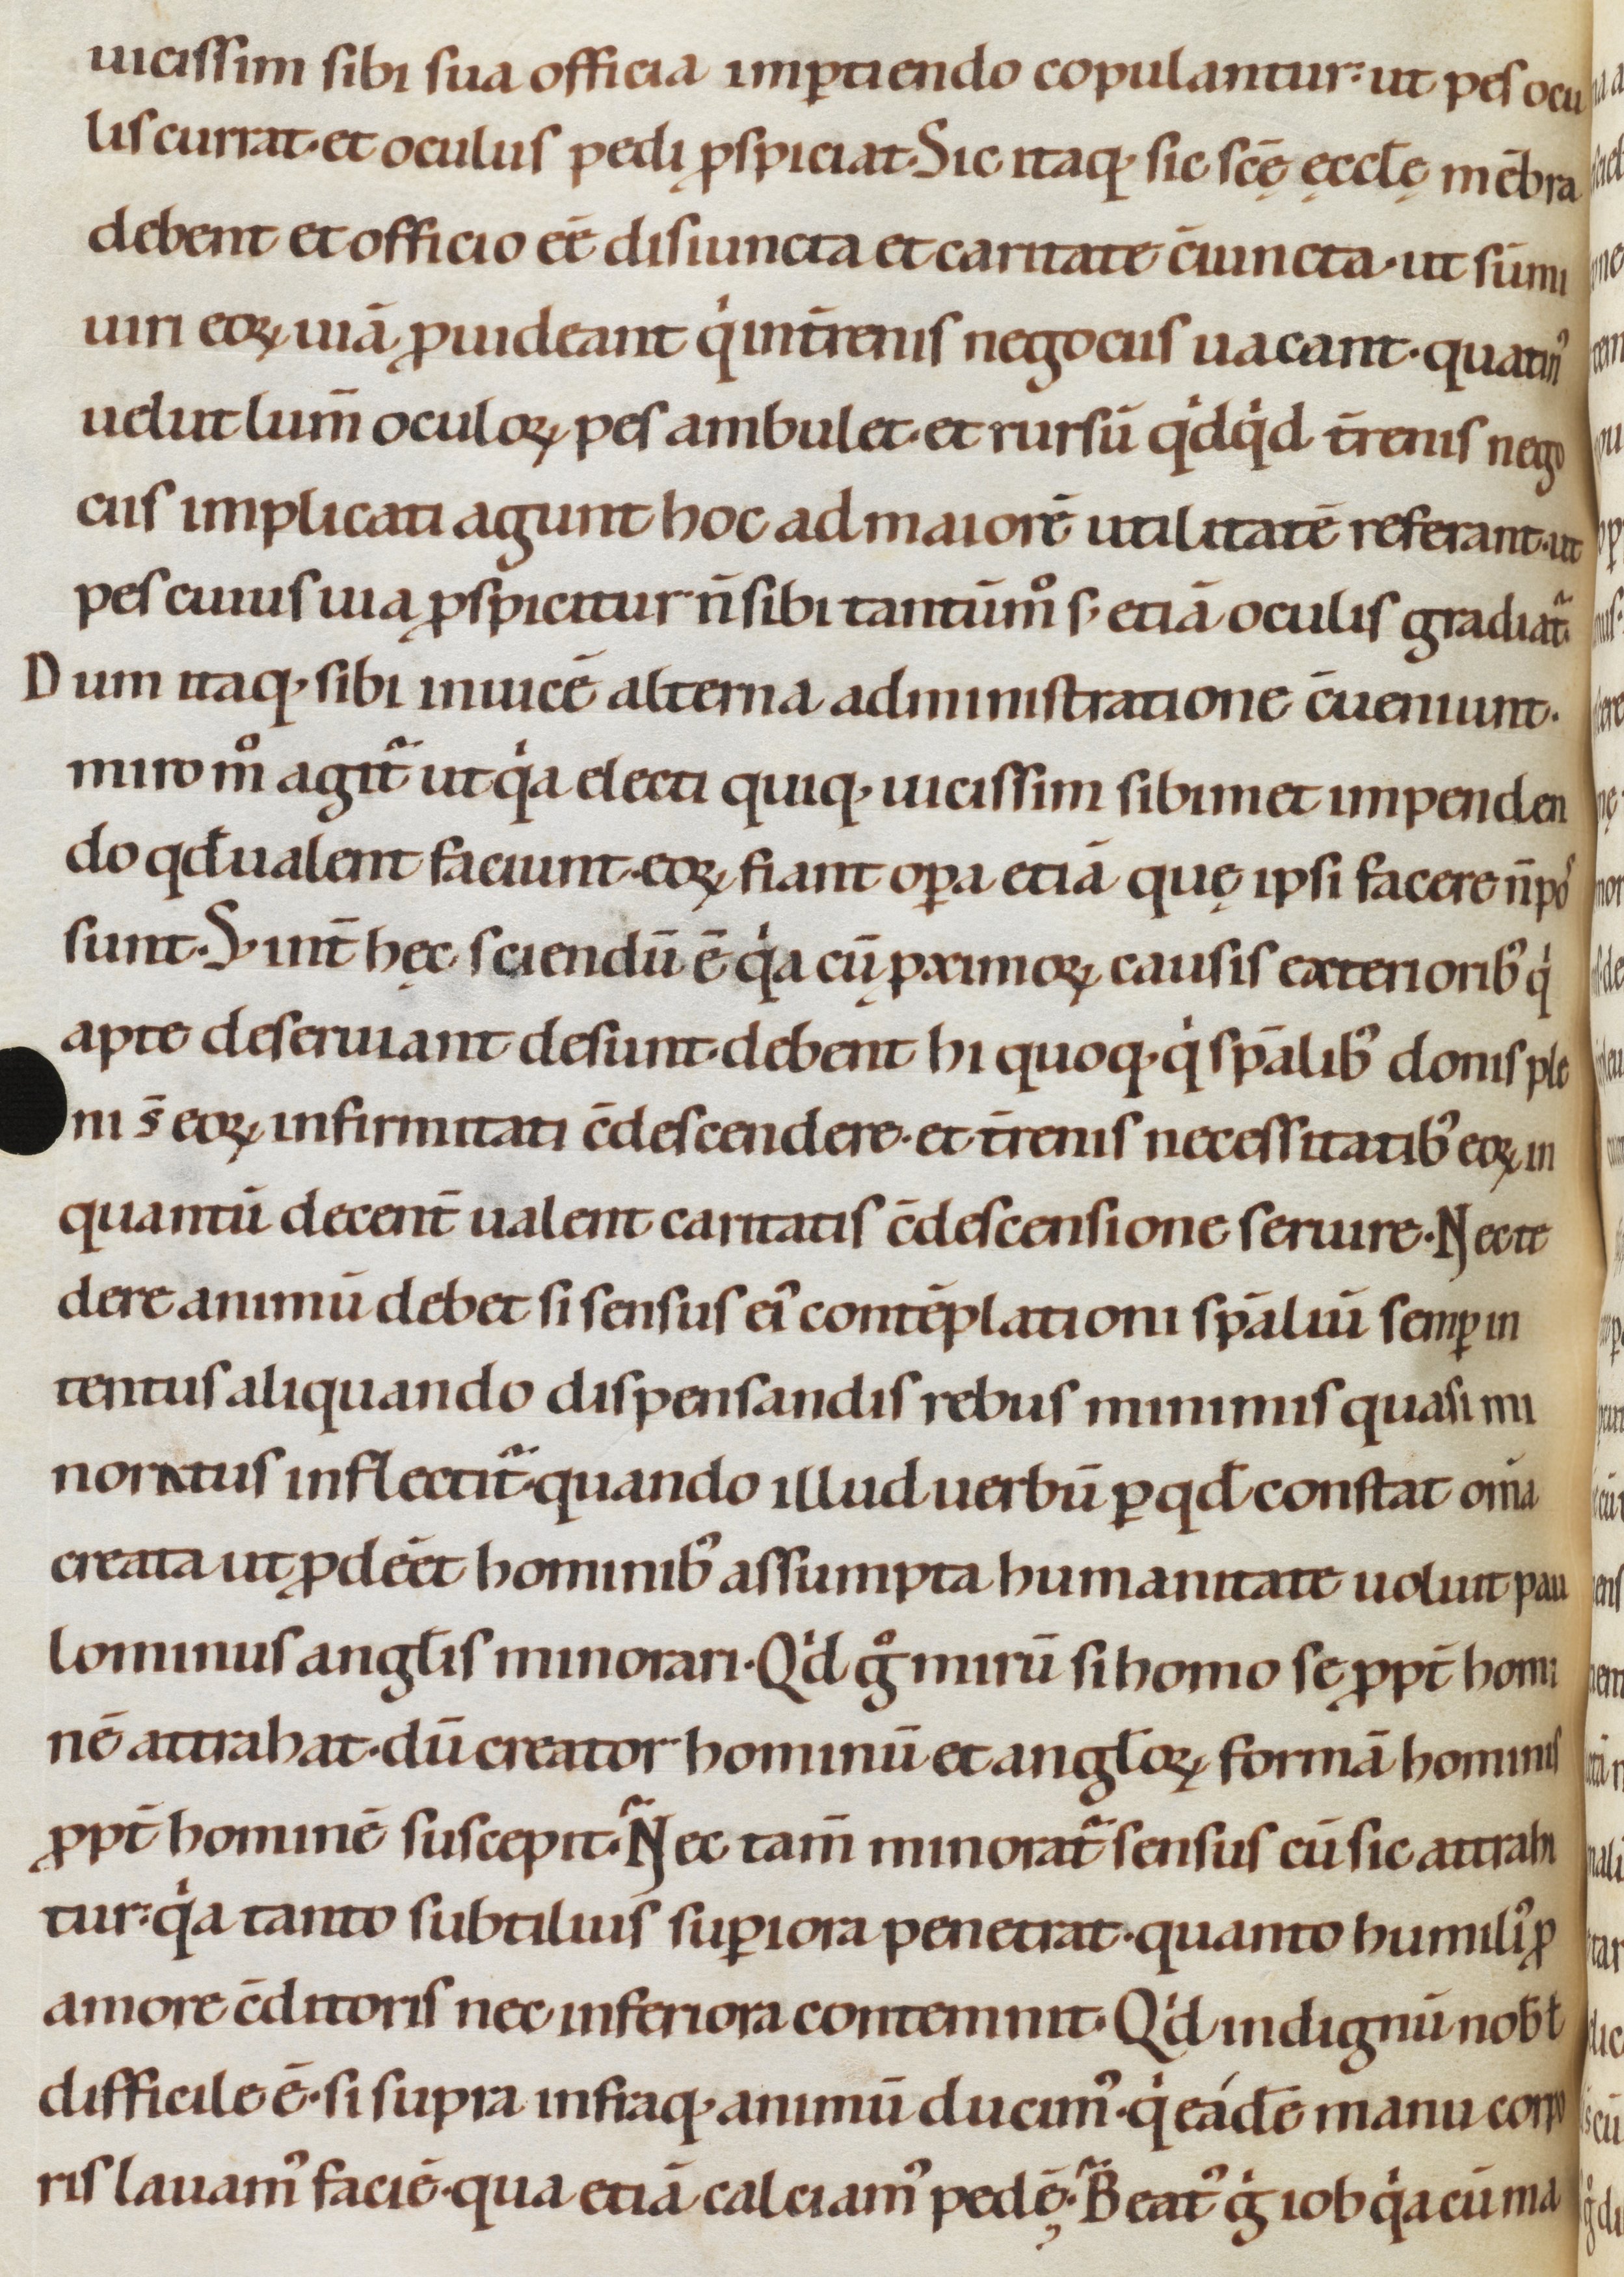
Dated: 1080–1096